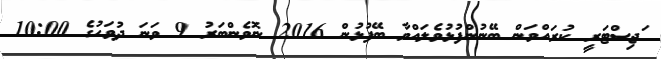
ަޖިސްޓަރީ ކުރައްވަން ބޭނުންފުޅުވެލައްވާ ބޭފުޅުން 2016 ނޮވެންބަރު 9 ވަނަ ދުވަހުގެ 10:00